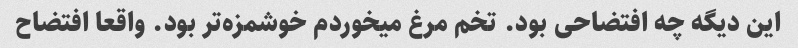
این دیگه چه افتضاحی بود. تخم مرغ میخوردم خوشمزه‌تر بود. واقعا افتضاح